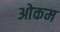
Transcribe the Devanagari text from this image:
ओकम